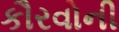
કૌરવોની